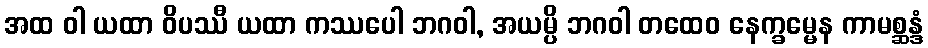
အထ ဝါ ယထာ ဝိပဿီ ယထာ ကဿပေါ ဘဂဝါ, အယမ္ပိ ဘဂဝါ တထေဝ နေက္ခမ္မေန ကာမစ္ဆန္ဒံ